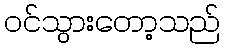
ဝင်သွားတော့သည်